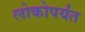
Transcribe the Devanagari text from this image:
लोकोपर्यंत